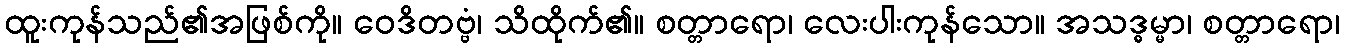
ထူးကုန်သည်၏အဖြစ်ကို။ ဝေဒိတဗ္ဗံ၊ သိထိုက်၏။ စတ္တာရော၊ လေးပါးကုန်သော။ အသဒ္ဓမ္မာ၊ စတ္တာရော၊